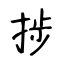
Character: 捗